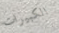
الكبيرات